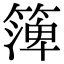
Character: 𥱼